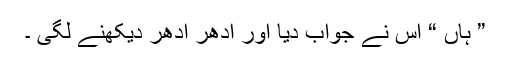
” ہاں “ اس نے جواب دیا اور ادھر ادھر دیکھنے لگی ۔